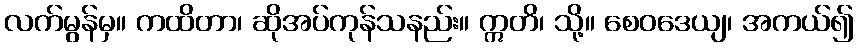
လက်မွန်မှ။ ကထိတာ၊ ဆိုအပ်ကုန်သနည်း။ ဣတိ၊ သို့။ စေဝဒေယျ၊ အကယ်၍